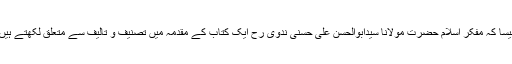
جیسا کہ مفکر اسلام حضرت مولانا سیدابوالحسن علی حسنی ندوی رح ایک کتاب کے مقدمہ میں تصنیف و تالیف سے متعلق لکھتے ہیں ۔